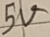
Text: 5V